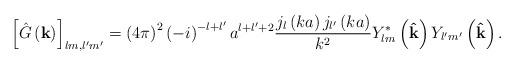
LaTeX: \begin{align*}\left[ \hat{G}\left( \mathbf{k}\right) \right] _{lm,l^{\prime}m^{\prime}}=\left( 4\pi\right) ^{2}\left( -i\right) ^{-l+l^{\prime}}a^{l+l^{\prime}+2}\frac{j_{l}\left( ka\right) j_{l^{\prime}}\left( ka\right) }{k^{2}}Y_{lm}^{\ast}\left( \mathbf{\hat{k}}\right) Y_{l^{\prime}m^{\prime}}\left(\mathbf{\hat{k}}\right) . \end{align*}